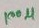
Text: 100µ